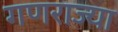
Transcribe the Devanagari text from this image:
गणराज्या